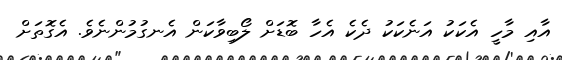
އާއި މާހީ އެކަކު އަނެކަކު ދެކެ އެހާ ބޮޑަށް ލޯބިވާކަން އެނގުމުންނެވެ. އެގޮތަށް